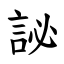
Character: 䛑